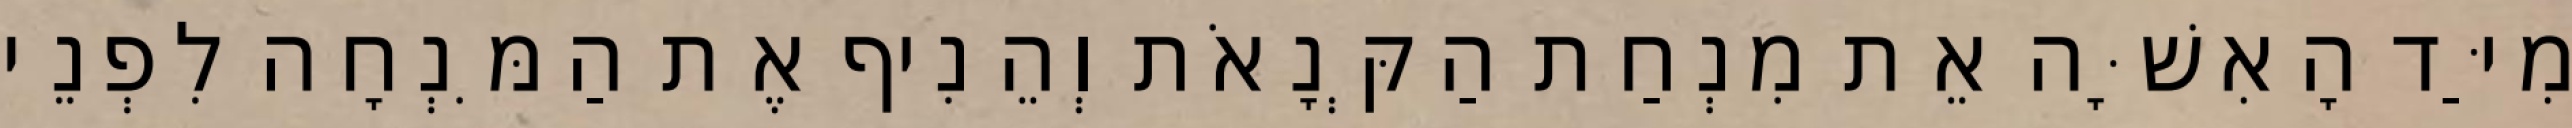
מִיַּד הָאִשָּׁה אֵת מִנְחַת הַקְּנָאֹת וְהֵנִיף אֶת הַמִּנְחָה לִפְנֵי